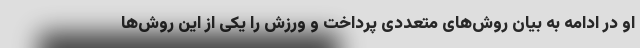
او در ادامه به بیان روش‌های متعددی پرداخت و ورزش را یکی از این روش‌ها